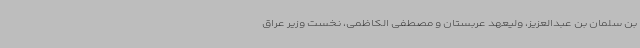
بن سلمان بن عبدالعزیز، ولیعهد عربستان و مصطفی الکاظمی، نخست وزیر عراق